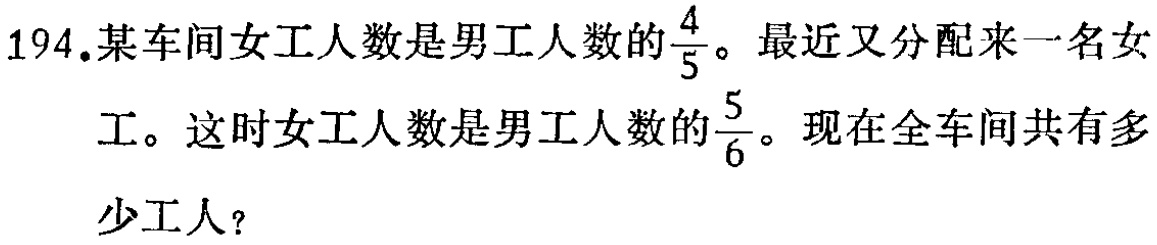
194.某车间女工人数是男工人数的$\frac{4}{5}$。最近又分配来一名女工。这时女工人数是男工人数的$\frac{5}{6}$。现在全车间共有多少工人？